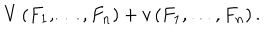
LaTeX: V \left( F _ { 1 } , \dots , F _ { n } \right) + v \left( F _ { 1 } , \dots , F _ { n } \right) .